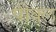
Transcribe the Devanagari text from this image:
पीक्ल